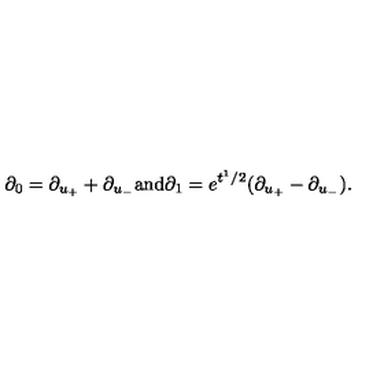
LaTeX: \partial _ { 0 } = \partial _ { u _ { + } } + \partial _ { u _ { - } } \mathrm { a n d } \partial _ { 1 } = e ^ { t ^ { 1 } / 2 } ( \partial _ { u _ { + } } - \partial _ { u _ { - } } ) .